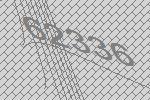
62336